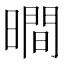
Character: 𣊺